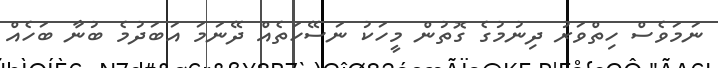
ނަމަވެސް ހިތްވަރު ދިނުމުގެ ގޮތުން މީހަކު ނަސޭހަތެއް ދޭނަމަ އަބަދުމެ ބުނާ ބަހެއް